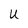
Character: U